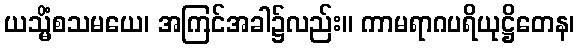
ယသ္မိံစသမယေ၊ အကြင်အခါ၌လည်း။ ကာမရာဂပရိယုဋ္ဌိတေန၊